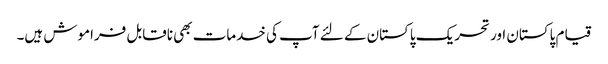
قیام پاکستان اور تحریک پاکستان کے لئے آپ کی خدمات بھی ناقابل فراموش ہیں۔